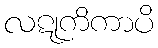
လဋုကိကာပိ